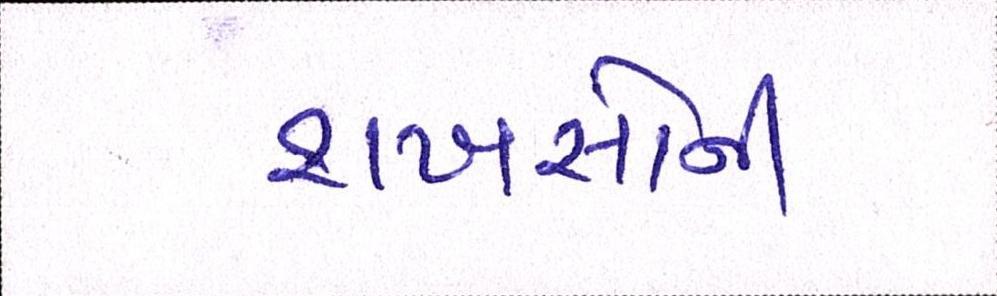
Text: શખસોની